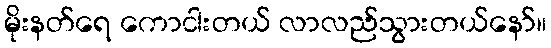
မိုးနတ်ရေ ကောငါးတယ် လာလည်သွားတယ်နော်။